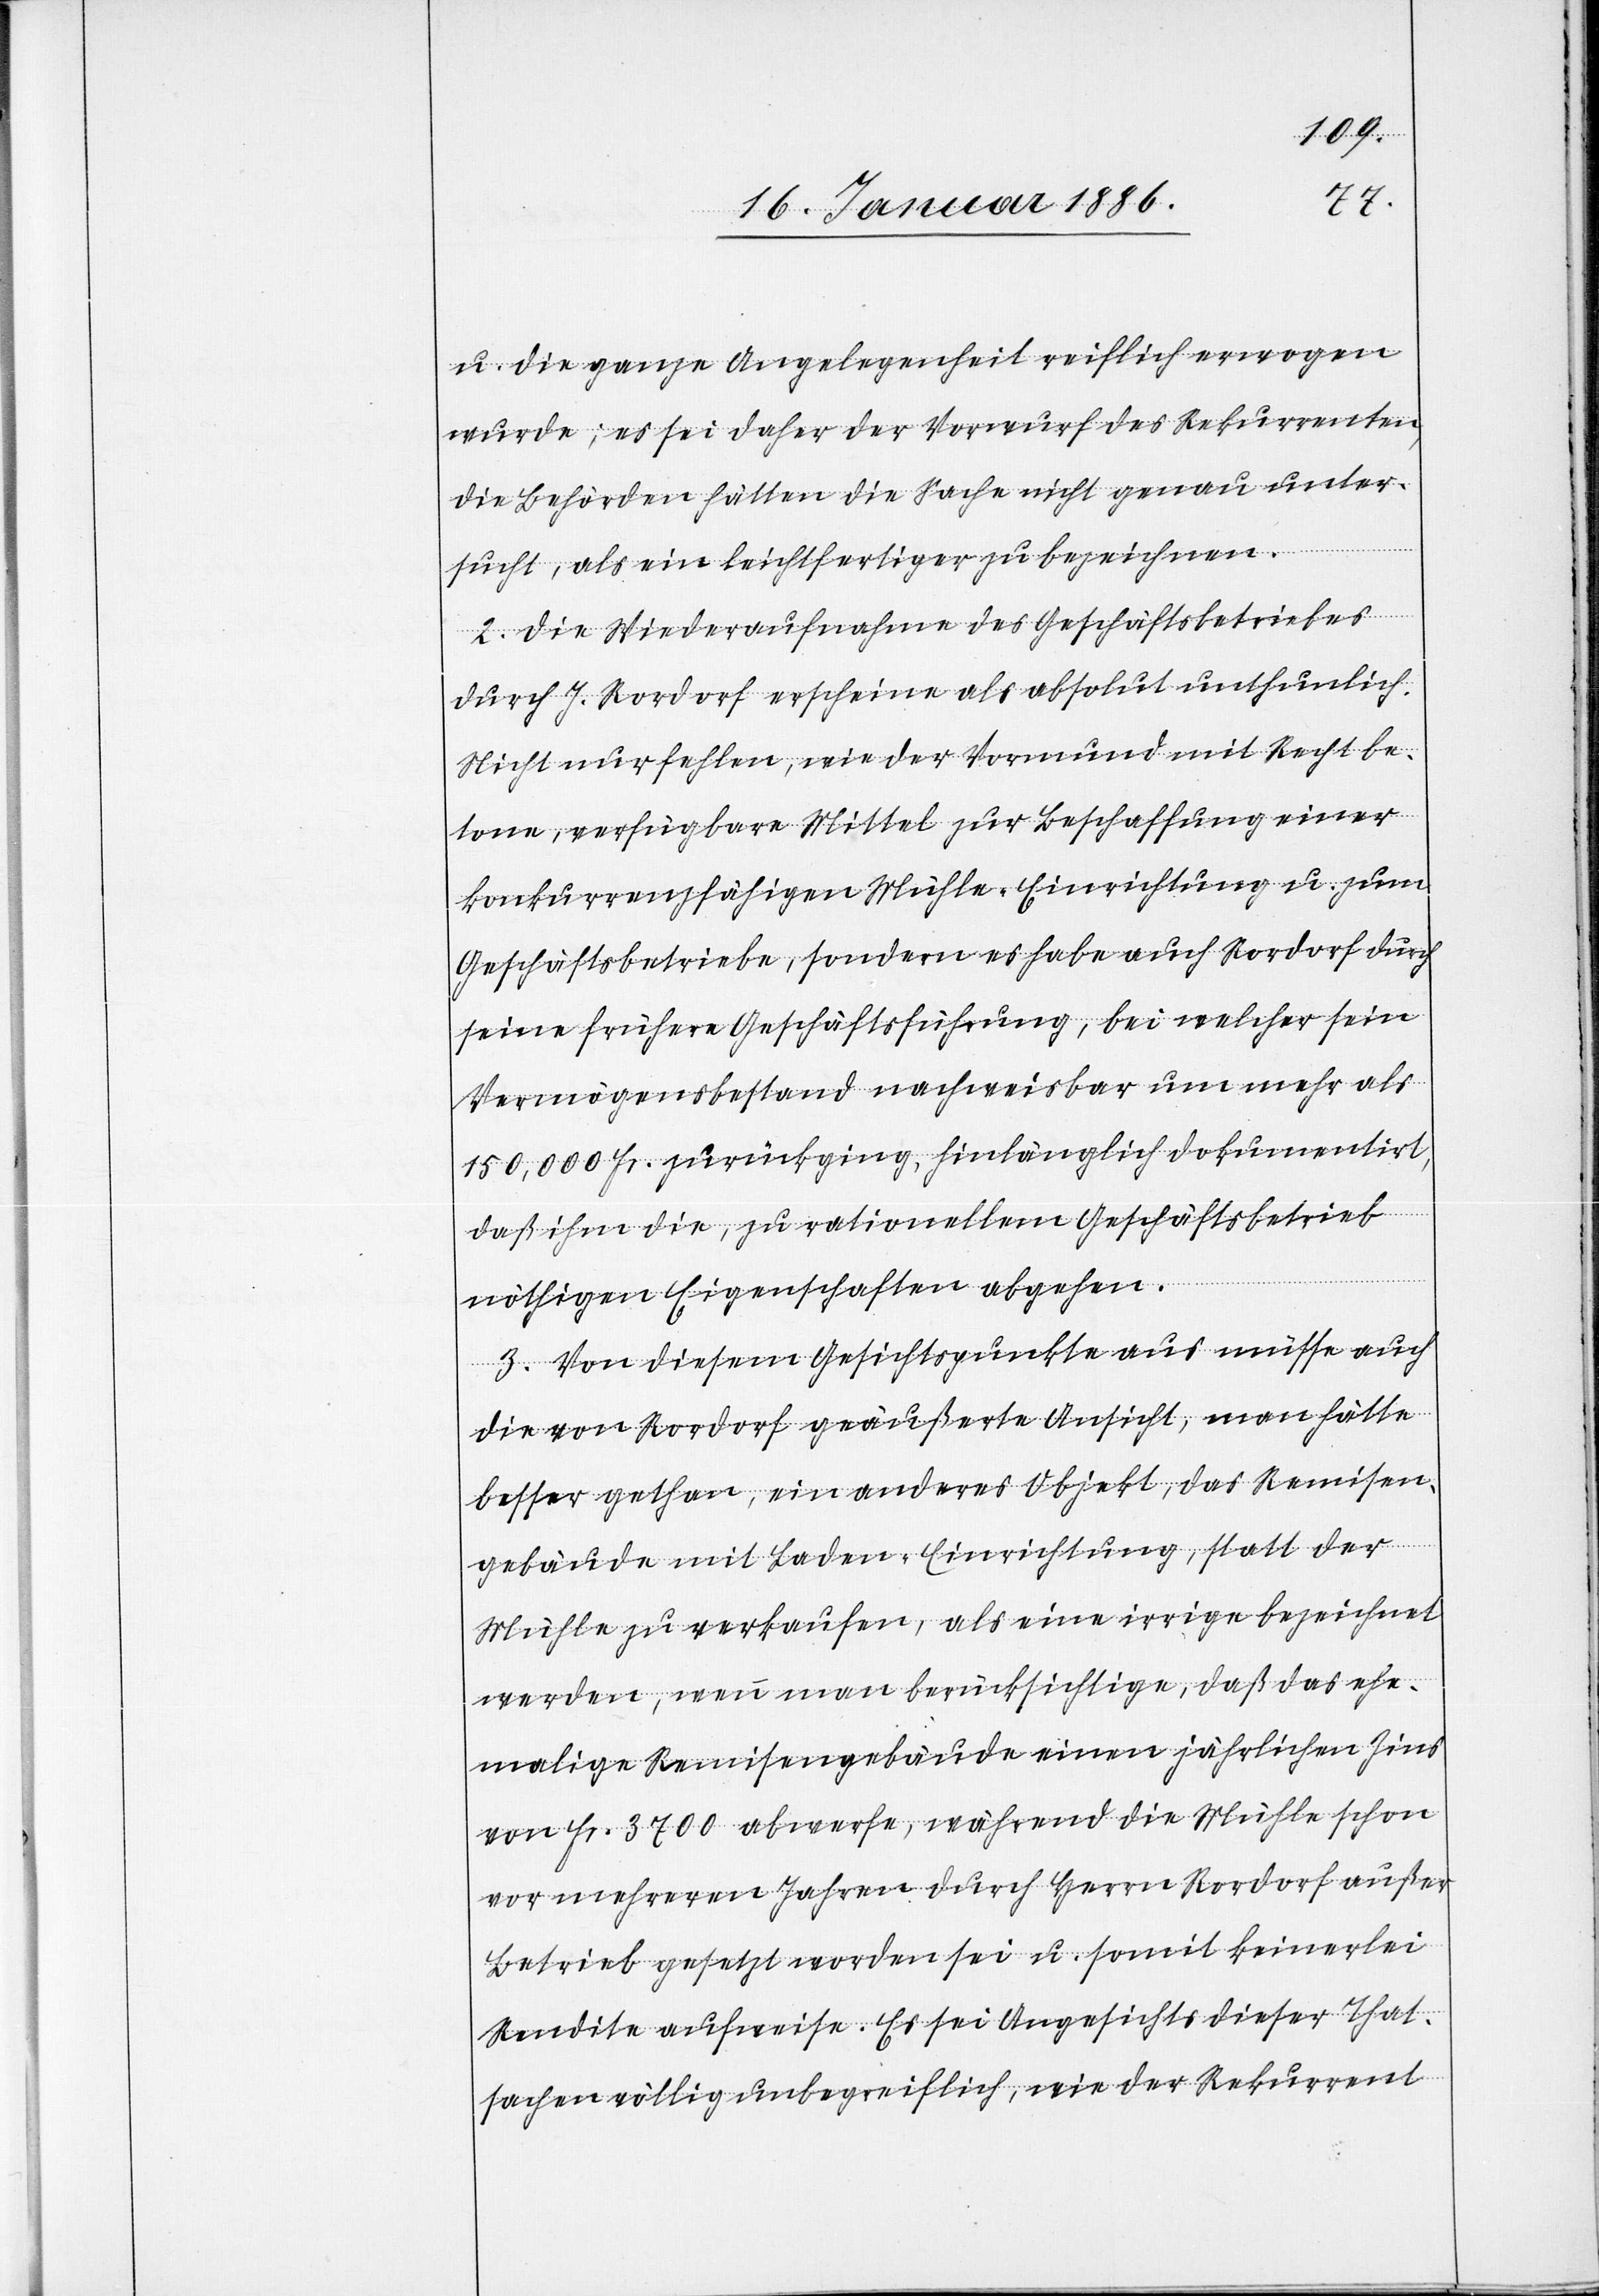
u. die ganze Angelegenheit reichlich erwogen
wurde; es sei daher der Vorwurf des Rekurrenten,
die Behörde hätte die Sache nicht genau unter¬
sucht, als ein leichtfertiger zu bezeichnen.
2. Die Wiederaufnahme des Geschäftsbetriebes
durch J. Rordorf erscheine als absolut unthunlich.
Nicht nur fehle, wie der Vormund mit Recht be¬
tone, verfügbare Mittel zur Beschaffung einer
konkurrenzfähigen Mühle-Einrichtungen u. zum
Geschäftsbetriebe, sondern es habe auch Rordorf durch
seine frühere Geschäftsführung, bei welcher sein
Vermögensstand nachweisbar um mehr als
150,000 Fr. zurückging, hinlänglich dokumentiert,
daß ihm die, zu rationellem Geschäftsbetrieb
nöthigen Eigenschaften abgehen.
3. Von diesem Gesichtspunkte aus müsse auch
die von Rordorf geäußerte Ansicht, man hätte
besser gethan, ein anderes Objekt, das Remisen¬
gebäude mit Laden-Einrichtung, statt der
Mühle zu verkaufen, als eine irrige bezeichnet
werden, wenn man berücksichtigte, daß das ehe¬
malige Remisengebäude einen jährlichen Zins
von Fr. 3700 abwerfe, während die Mühle schon
vor mehreren Jahren durch Herrn Rordorf außer
Betrieb gesetzt worden sei u. somit keinerlei
Rendite aufweise. Es sei Angesichts dieser That¬
sache völlig unbegreiflich, wie der Rekurrent